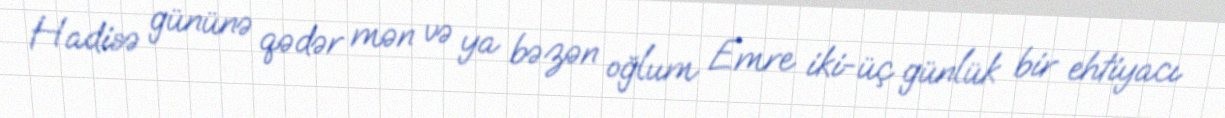
Hadisə gününə qədər mən və ya bəzən oğlum Emre iki-üç günlük bir ehtiyacı